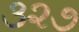
૩૨૭